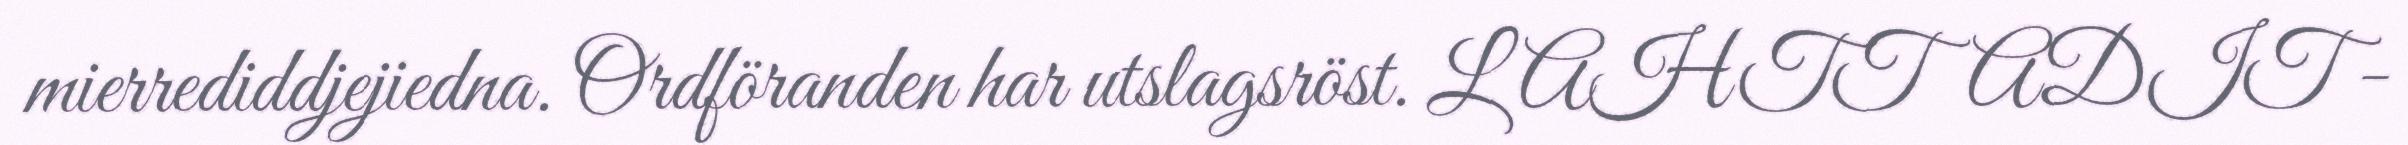
mierrediddjejiedna. Ordföranden har utslagsröst. LAHTTADIT -